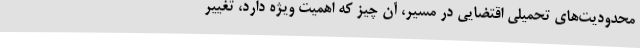
محدودیت‌های تحمیلی اقتضایی در مسیر، آن چیز که اهمیت ویژه دارد، تغییر